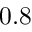
0 . 8